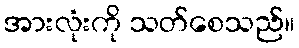
အားလုံးကို သတ်စေသည်။